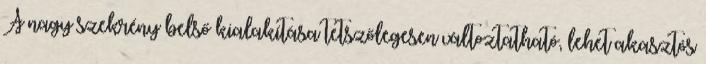
A nagy szekrény belső kialakítása tetszőlegesen változtatható, lehet akasztós